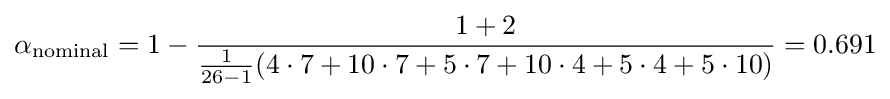
\alpha _{\text{nominal}}=1-{\frac {1+2}{{\frac {1}{26-1}}(4\cdot 7+10\cdot 7+5\cdot 7+10\cdot 4+5\cdot 4+5\cdot 10)}}=0.691